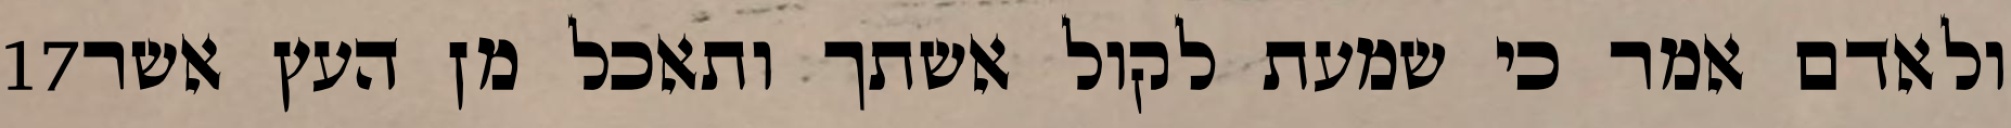
‎17‏ ולאדם אמר כי שמעת לקול אשתך ותאכל מן העץ אשר